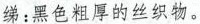
绨：黑色粗厚的丝织物。